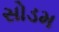
સોડમ